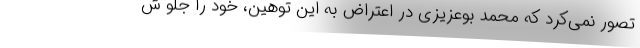
تصور نمی‌کرد که محمد بوعزیزی در اعتراض به این توهین، خود را جلو ش